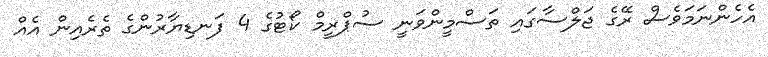
އެހެންނަމަވެސް ރޭގެ ޖަލްސާގައި ތަސްމީންވަނީ ސުޕްރީމް ކޯޓުގެ 4 ފަނޑިޔާރުންގެ ތެރެއިން އެއް